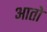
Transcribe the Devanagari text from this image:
आतो